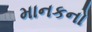
માનકનો